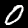
Label: 0